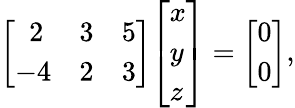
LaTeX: {\left[\begin{array}{lll}{\, \, \, 2}&{3}&{5}\\ {-4}&{2}&{3}\end{array}\right]}{\left[\begin{array}{l}{x}\\ {y}\\ {z}\end{array}\right]}={\left[\begin{array}{l}{0}\\ {0}\end{array}\right]},